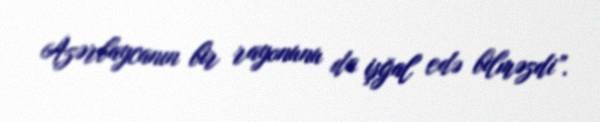
Azərbaycanın bir rayonunu da işğal edə bilməzdi”.